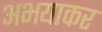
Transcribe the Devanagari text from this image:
अभयाकर